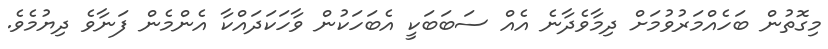
މިގޮތުން ބަހެއްމަރުވުމަށް ދިމާވެދާނެ އެއް ސަބަބަކީ އެބަހަކުން ވާހަކަދައްކާ އެންމެން ފަނާވެ ދިޔުމެވެ.